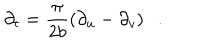
LaTeX: \partial _ { t } = { \frac { \pi } { 2 { b } } } ( \partial _ { u } - \partial _ { v } ) .